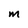
Character: M